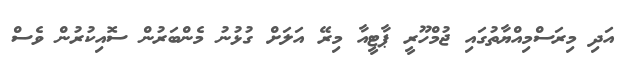
އަދި މިރަސްމިއްޔާތުގައި ޖުމްހޫރީ ޕާޓީއާ މިރޭ އަލަށް ގުޅުނު މެންބަރުން ސޮއިކުރުން ވެސް